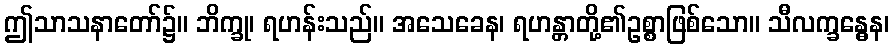
ဤသာသနာတော်၌။ ဘိက္ခု၊ ရဟန်းသည်။ အသေခေန၊ ရဟန္တာတို့၏ဥစ္စာဖြစ်သော။ သီလက္ခန္ဓေန၊